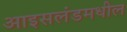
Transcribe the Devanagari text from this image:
आइसलंडमधील